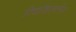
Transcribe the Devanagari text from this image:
रिकॉइललेस